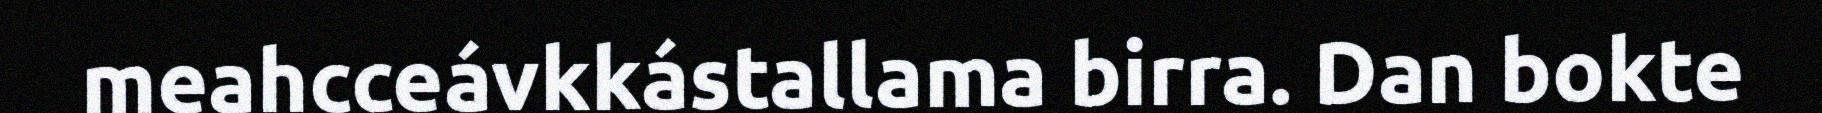
meahcceávkkástallama birra. Dan bokte